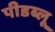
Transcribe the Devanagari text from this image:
पीडब्लू